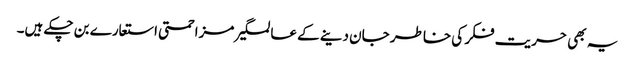
یہ بھی حریت فکر کی خاطر جان دینے کے عالمگیر مزاحمتی استعارے بن چکے ہیں۔